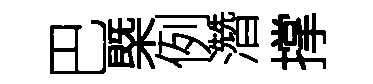
巴㮣例濳撑